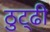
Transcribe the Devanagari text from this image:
ठुट्ढी